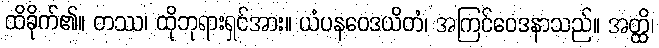
ထိခိုက်၏။ တဿ၊ ထိုဘုရားရှင်အား။ ယံပနဝေဒယိတံ၊ အကြင်ဝေဒနာသည်။ အတ္ထိ၊